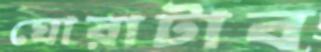
ঘোরাটাব